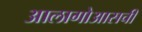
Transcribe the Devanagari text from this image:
आलागोआसची